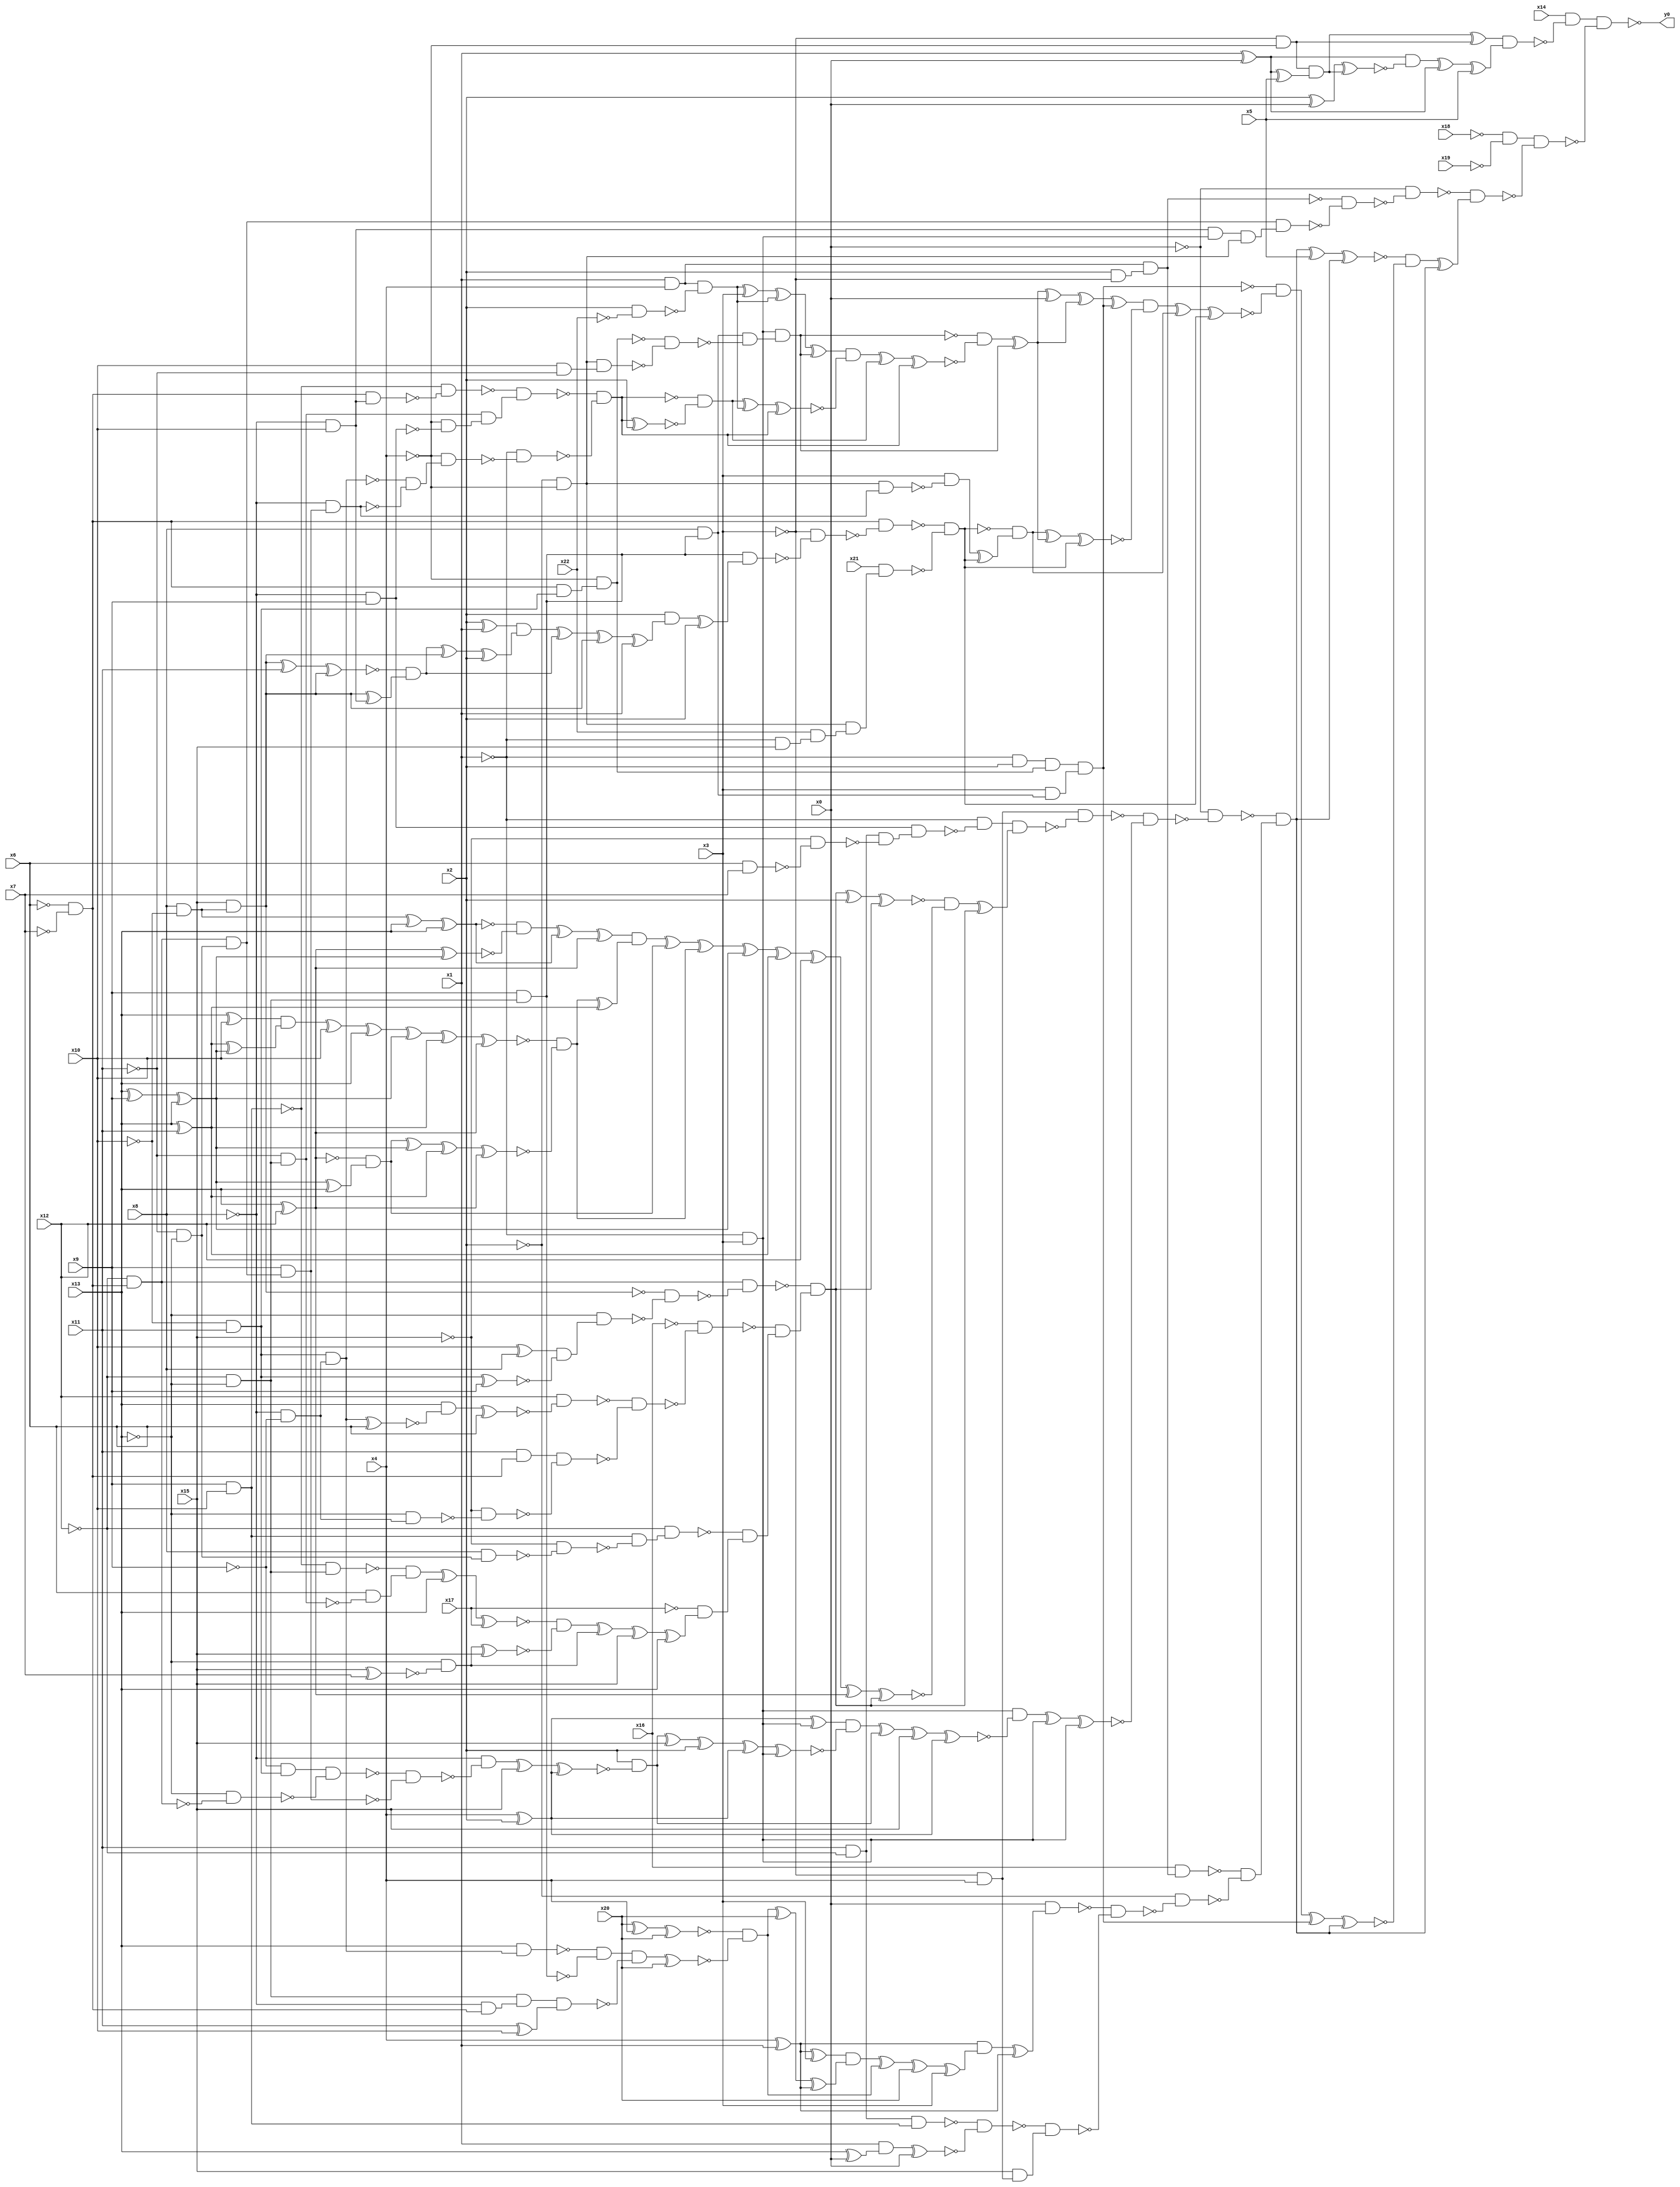
module top( x0 , x1 , x2 , x3 , x4 , x5 , x6 , x7 , x8 , x9 , x10 , x11 , x12 , x13 , x14 , x15 , x16 , x17 , x18 , x19 , x20 , x21 , x22 , y0 );
  input x0 , x1 , x2 , x3 , x4 , x5 , x6 , x7 , x8 , x9 , x10 , x11 , x12 , x13 , x14 , x15 , x16 , x17 , x18 , x19 , x20 , x21 , x22 ;
  output y0 ;
  wire n24 , n25 , n26 , n27 , n28 , n29 , n30 , n31 , n32 , n33 , n34 , n35 , n36 , n37 , n38 , n39 , n40 , n41 , n42 , n43 , n44 , n45 , n46 , n47 , n48 , n49 , n50 , n51 , n52 , n53 , n54 , n55 , n56 , n57 , n58 , n59 , n60 , n61 , n62 , n63 , n64 , n65 , n66 , n67 , n68 , n69 , n70 , n71 , n72 , n73 , n74 , n75 , n76 , n77 , n78 , n79 , n80 , n81 , n82 , n83 , n84 , n85 , n86 , n87 , n88 , n89 , n90 , n91 , n92 , n93 , n94 , n95 , n96 , n97 , n98 , n99 , n100 , n101 , n102 , n103 , n104 , n105 , n106 , n107 , n108 , n109 , n110 , n111 , n112 , n113 , n114 , n115 , n116 , n117 , n118 , n119 , n120 , n121 , n122 , n123 , n124 , n125 , n126 , n127 , n128 , n129 , n130 , n131 , n132 , n133 , n134 , n135 , n136 , n137 , n138 , n139 , n140 , n141 , n142 , n143 , n144 , n145 , n146 , n147 , n148 , n149 , n150 , n151 , n152 , n153 , n154 , n155 , n156 , n157 , n158 , n159 , n160 , n161 , n162 , n163 , n164 , n165 , n166 , n167 , n168 , n169 , n170 , n171 , n172 , n173 , n174 , n175 , n176 , n177 , n178 , n179 , n180 , n181 , n182 , n183 , n184 , n185 , n186 , n187 , n188 , n189 , n190 , n191 , n192 , n193 , n194 , n195 , n196 , n197 , n198 , n199 , n200 , n201 , n202 , n203 , n204 , n205 , n206 , n207 , n208 , n209 , n210 , n211 , n212 , n213 , n214 , n215 , n216 , n217 , n218 , n219 , n220 , n221 , n222 , n223 , n224 , n225 , n226 , n227 , n228 , n229 , n230 , n231 , n232 , n233 , n234 , n235 , n236 , n237 , n238 , n239 , n240 , n241 , n242 , n243 , n244 , n245 , n246 , n247 , n248 , n249 , n250 , n251 , n252 , n253 , n254 , n255 , n256 , n257 , n258 , n259 , n260 , n261 , n262 , n263 , n264 , n265 , n266 , n267 , n268 , n269 , n270 , n271 , n272 , n273 , n274 , n275 , n276 , n277 , n278 , n279 , n280 ;
  assign n24 = ~x3 & ~x4 ;
  assign n25 = x1 ^ x0 ;
  assign n26 = n25 ^ x5 ;
  assign n27 = n24 & n26 ;
  assign n28 = n27 ^ n24 ;
  assign n29 = x2 ^ x0 ;
  assign n30 = n29 ^ n27 ;
  assign n31 = n25 & ~n30 ;
  assign n32 = n31 ^ n25 ;
  assign n33 = n32 ^ x5 ;
  assign n34 = n28 & n33 ;
  assign n35 = x14 & ~n34 ;
  assign n36 = ~x18 & ~x19 ;
  assign n37 = x1 & x4 ;
  assign n38 = x2 & ~x3 ;
  assign n39 = n37 & n38 ;
  assign n40 = ~x6 & ~x7 ;
  assign n41 = ~x12 & n40 ;
  assign n42 = ~x11 & ~x13 ;
  assign n43 = n41 & n42 ;
  assign n44 = ~x8 & x10 ;
  assign n45 = ~x1 & x3 ;
  assign n46 = n44 & n45 ;
  assign n47 = ~x2 & ~x4 ;
  assign n48 = n46 & n47 ;
  assign n49 = n43 & n48 ;
  assign n50 = ~n39 & ~n49 ;
  assign n51 = ~x0 & ~n50 ;
  assign n52 = ~x3 & x4 ;
  assign n53 = ~x8 & x9 ;
  assign n54 = x11 & ~x12 ;
  assign n55 = x6 & x7 ;
  assign n56 = ~x15 & ~n55 ;
  assign n57 = n54 & ~n56 ;
  assign n58 = n53 & n57 ;
  assign n59 = ~x1 & ~n58 ;
  assign n60 = x8 & ~x10 ;
  assign n61 = x15 & n60 ;
  assign n62 = x10 ^ x8 ;
  assign n63 = ~x10 & x11 ;
  assign n64 = n63 ^ x9 ;
  assign n65 = n62 & ~n64 ;
  assign n66 = ~x13 & n65 ;
  assign n67 = ~n61 & ~n66 ;
  assign n68 = n41 & ~n67 ;
  assign n69 = ~x8 & ~x9 ;
  assign n70 = n63 & n69 ;
  assign n71 = n70 ^ x6 ;
  assign n72 = x13 & ~n71 ;
  assign n73 = n72 ^ x6 ;
  assign n74 = x12 & ~n73 ;
  assign n75 = x11 & n40 ;
  assign n76 = ~x13 & n69 ;
  assign n77 = ~x15 & ~n76 ;
  assign n78 = n75 & ~n77 ;
  assign n79 = ~n74 & ~n78 ;
  assign n80 = ~x16 & ~n79 ;
  assign n81 = x9 & x10 ;
  assign n82 = x8 & n42 ;
  assign n83 = ~x15 & ~n82 ;
  assign n84 = n81 & ~n83 ;
  assign n85 = ~x12 & n84 ;
  assign n86 = ~x12 & ~x13 ;
  assign n87 = ~n81 & n86 ;
  assign n88 = ~x11 & n86 ;
  assign n89 = x6 & ~n88 ;
  assign n90 = ~n87 & n89 ;
  assign n91 = n90 ^ x13 ;
  assign n92 = n91 ^ x17 ;
  assign n93 = x15 ^ x7 ;
  assign n94 = ~x13 & ~n93 ;
  assign n95 = n94 ^ x15 ;
  assign n96 = ~n92 & ~n95 ;
  assign n97 = n96 ^ n94 ;
  assign n98 = n97 ^ x15 ;
  assign n99 = n98 ^ x13 ;
  assign n100 = ~x17 & n99 ;
  assign n101 = ~n85 & n100 ;
  assign n102 = ~n80 & n101 ;
  assign n103 = ~n68 & n102 ;
  assign n104 = n103 ^ x2 ;
  assign n105 = n104 ^ n103 ;
  assign n106 = n60 ^ x13 ;
  assign n107 = n106 ^ x13 ;
  assign n110 = x13 ^ x12 ;
  assign n108 = x13 ^ x9 ;
  assign n109 = n108 ^ x13 ;
  assign n111 = n110 ^ n109 ;
  assign n112 = ~n107 & ~n111 ;
  assign n113 = n112 ^ n107 ;
  assign n114 = n113 ^ n110 ;
  assign n115 = x13 ^ x10 ;
  assign n116 = x13 ^ x11 ;
  assign n117 = n116 ^ n109 ;
  assign n118 = n115 & n117 ;
  assign n119 = n118 ^ x10 ;
  assign n120 = n119 ^ x13 ;
  assign n121 = n120 ^ n109 ;
  assign n122 = n121 ^ n116 ;
  assign n123 = n122 ^ n110 ;
  assign n124 = n109 ^ x13 ;
  assign n125 = ~n110 & n124 ;
  assign n126 = n125 ^ n109 ;
  assign n127 = n126 ^ n116 ;
  assign n128 = n127 ^ n110 ;
  assign n129 = ~n123 & ~n128 ;
  assign n130 = n129 ^ n116 ;
  assign n131 = n114 & n130 ;
  assign n132 = n131 ^ n125 ;
  assign n133 = n132 ^ n129 ;
  assign n134 = n133 ^ n109 ;
  assign n135 = n134 ^ n116 ;
  assign n136 = n135 ^ x12 ;
  assign n137 = n136 ^ n110 ;
  assign n138 = n137 ^ n103 ;
  assign n139 = ~n105 & ~n138 ;
  assign n140 = n139 ^ n103 ;
  assign n141 = n59 & n140 ;
  assign n142 = n52 & ~n141 ;
  assign n143 = x4 ^ x2 ;
  assign n144 = n143 ^ n45 ;
  assign n145 = ~x9 & n63 ;
  assign n146 = ~x13 & ~n41 ;
  assign n147 = n145 & ~n146 ;
  assign n148 = x9 & n43 ;
  assign n149 = ~n147 & ~n148 ;
  assign n150 = ~x8 & ~n149 ;
  assign n151 = n150 ^ x15 ;
  assign n152 = n151 ^ n143 ;
  assign n153 = x2 & ~n152 ;
  assign n154 = n153 ^ x15 ;
  assign n155 = n154 ^ x2 ;
  assign n156 = n155 ^ n143 ;
  assign n157 = n156 ^ n45 ;
  assign n158 = n144 & ~n157 ;
  assign n159 = n158 ^ n153 ;
  assign n160 = n159 ^ x15 ;
  assign n161 = n160 ^ n143 ;
  assign n162 = n45 & ~n161 ;
  assign n163 = n162 ^ n45 ;
  assign n164 = n163 ^ n45 ;
  assign n165 = ~n142 & ~n164 ;
  assign n166 = ~x0 & ~n165 ;
  assign n167 = x16 & n39 ;
  assign n168 = x4 ^ x1 ;
  assign n169 = n168 ^ x3 ;
  assign n170 = x20 ^ x4 ;
  assign n171 = n170 ^ x20 ;
  assign n172 = x13 & n70 ;
  assign n173 = x9 & n86 ;
  assign n174 = ~n172 & ~n173 ;
  assign n175 = ~x8 & n40 ;
  assign n176 = n86 & n175 ;
  assign n177 = x11 ^ x10 ;
  assign n178 = n176 & n177 ;
  assign n179 = n174 & ~n178 ;
  assign n180 = n179 ^ x20 ;
  assign n181 = ~n171 & ~n180 ;
  assign n182 = n181 ^ x20 ;
  assign n183 = n182 ^ n168 ;
  assign n184 = n169 & n183 ;
  assign n185 = n184 ^ n181 ;
  assign n186 = n185 ^ x20 ;
  assign n187 = n186 ^ x3 ;
  assign n188 = n168 & n187 ;
  assign n189 = n188 ^ n168 ;
  assign n190 = x0 & n189 ;
  assign n191 = n54 & n81 ;
  assign n192 = x13 ^ x0 ;
  assign n193 = x1 & n192 ;
  assign n194 = n193 ^ x0 ;
  assign n195 = ~n191 & ~n194 ;
  assign n196 = x15 & n52 ;
  assign n197 = ~n195 & n196 ;
  assign n198 = ~n190 & ~n197 ;
  assign n199 = ~x2 & ~n198 ;
  assign n200 = ~n167 & ~n199 ;
  assign n201 = ~n166 & n200 ;
  assign n202 = n201 ^ x5 ;
  assign n203 = n202 ^ n201 ;
  assign n204 = ~x1 & x2 ;
  assign n205 = n40 & n63 ;
  assign n206 = ~x4 & n205 ;
  assign n207 = n204 & n206 ;
  assign n208 = x8 & n173 ;
  assign n209 = x3 & n208 ;
  assign n210 = n207 & n209 ;
  assign n211 = x10 & ~x11 ;
  assign n212 = n47 & n211 ;
  assign n213 = ~n206 & ~n212 ;
  assign n214 = n208 & ~n213 ;
  assign n215 = n45 & n214 ;
  assign n216 = x2 & ~x22 ;
  assign n217 = n37 & ~n216 ;
  assign n218 = n217 ^ x3 ;
  assign n219 = n218 ^ n217 ;
  assign n220 = n219 ^ n215 ;
  assign n221 = n40 & n44 ;
  assign n222 = ~n81 & ~n221 ;
  assign n223 = ~x4 & ~n53 ;
  assign n224 = n88 & n223 ;
  assign n225 = ~n222 & n224 ;
  assign n226 = ~x8 & n148 ;
  assign n227 = ~n70 & ~n226 ;
  assign n228 = ~x4 & n227 ;
  assign n229 = ~x1 & ~n228 ;
  assign n230 = ~n225 & ~n229 ;
  assign n231 = n230 ^ x2 ;
  assign n232 = ~n230 & ~n231 ;
  assign n233 = n232 ^ n217 ;
  assign n234 = n233 ^ n230 ;
  assign n235 = n220 & ~n234 ;
  assign n236 = n235 ^ n232 ;
  assign n237 = n236 ^ n230 ;
  assign n238 = ~n215 & ~n237 ;
  assign n239 = n238 ^ n215 ;
  assign n240 = n239 ^ x0 ;
  assign n241 = n240 ^ n239 ;
  assign n242 = n241 ^ n210 ;
  assign n243 = x2 ^ x1 ;
  assign n244 = n61 ^ x11 ;
  assign n245 = n244 ^ n61 ;
  assign n246 = n61 ^ n44 ;
  assign n247 = ~n245 & n246 ;
  assign n248 = n247 ^ n61 ;
  assign n249 = n248 ^ x2 ;
  assign n250 = n243 & n249 ;
  assign n251 = n250 ^ n247 ;
  assign n252 = n251 ^ n61 ;
  assign n253 = n252 ^ x1 ;
  assign n254 = x2 & n253 ;
  assign n255 = n254 ^ x2 ;
  assign n256 = n173 & n255 ;
  assign n257 = ~x3 & ~n256 ;
  assign n258 = n40 & ~n257 ;
  assign n259 = ~x1 & x15 ;
  assign n260 = x22 & n259 ;
  assign n261 = n47 & n260 ;
  assign n262 = x21 & n261 ;
  assign n263 = ~n258 & ~n262 ;
  assign n264 = n47 & n226 ;
  assign n265 = x3 & ~n264 ;
  assign n266 = n265 ^ n263 ;
  assign n267 = ~n263 & n266 ;
  assign n268 = n267 ^ n239 ;
  assign n269 = n268 ^ n263 ;
  assign n270 = n242 & ~n269 ;
  assign n271 = n270 ^ n267 ;
  assign n272 = n271 ^ n263 ;
  assign n273 = ~n210 & ~n272 ;
  assign n274 = n273 ^ n210 ;
  assign n275 = n274 ^ n201 ;
  assign n276 = ~n203 & ~n275 ;
  assign n277 = n276 ^ n201 ;
  assign n278 = ~n51 & n277 ;
  assign n279 = n36 & ~n278 ;
  assign n280 = n35 & ~n279 ;
  assign y0 = ~n280 ;
endmodule